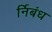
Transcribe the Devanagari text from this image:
र्निबंध